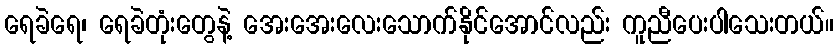
ရေခဲရေ၊ ရေခဲတုံးတွေနဲ့ အေးအေးလေးသောက်နိုင်အောင်လည်း ကူညီပေးပါသေးတယ်။